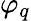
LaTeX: \varphi_{q}